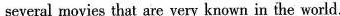
several movies that are very known in the world.